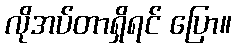
လိုအပ်တာရှိရင် ပြော။